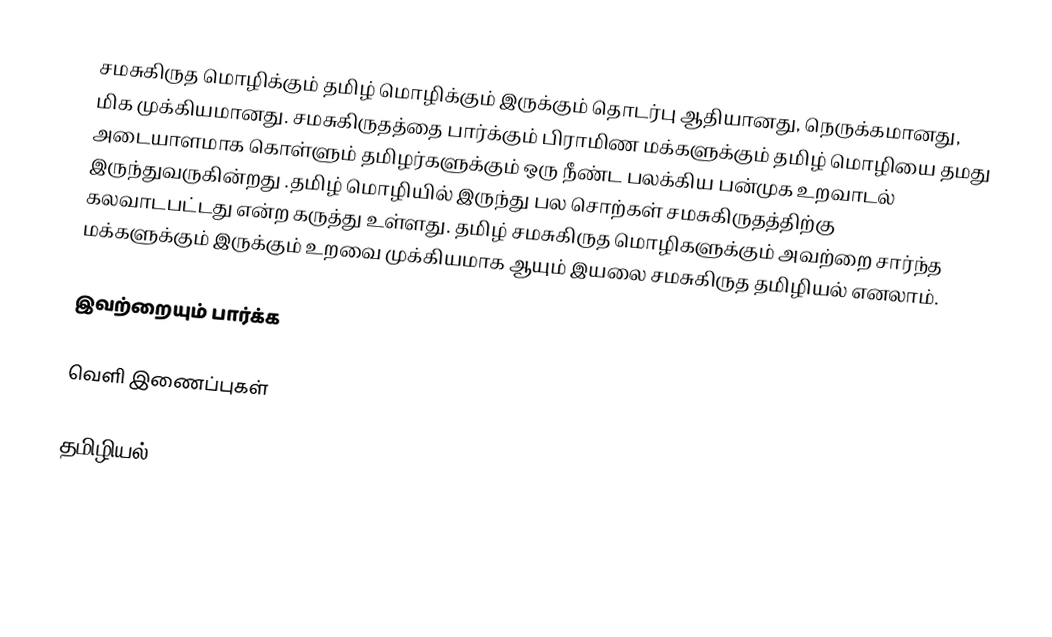
சமசுகிருத மொழிக்கும் தமிழ் மொழிக்கும் இருக்கும் தொடர்பு ஆதியானது, நெருக்கமானது, மிக முக்கியமானது.  சமசுகிருதத்தை பார்க்கும் பிராமிண மக்களுக்கும் தமிழ் மொழியை தமது அடையாளமாக கொள்ளும் தமிழர்களுக்கும் ஒரு நீண்ட பலக்கிய பன்முக உறவாடல் இருந்துவருகின்றது .தமிழ் மொழியில் இருந்து பல சொற்கள் சமசுகிருதத்திற்கு கலவாடபட்டது என்ற கருத்து உள்ளது.  தமிழ் சமசுகிருத மொழிகளுக்கும் அவற்றை சார்ந்த மக்களுக்கும் இருக்கும் உறவை முக்கியமாக ஆயும் இயலை சமசுகிருத தமிழியல் எனலாம்.

இவற்றையும் பார்க்க

வெளி இணைப்புகள்

தமிழியல்